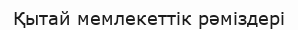
Қытай мемлекеттік рәміздері